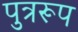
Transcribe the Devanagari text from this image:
पुत्ररूप